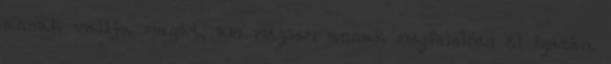
annak vallja magát, ám mégsem annak megfelelően él igazán.